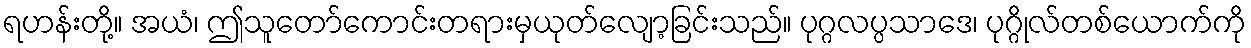
ရဟန်းတို့။ အယံ၊ ဤသူတော်ကောင်းတရားမှယုတ်လျော့ခြင်းသည်။ ပုဂ္ဂလပ္ပသာဒေ၊ ပုဂ္ဂိုလ်တစ်ယောက်ကို